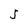
Character: 5